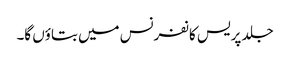
جلد پریس کانفرنس میں بتاؤں گا۔